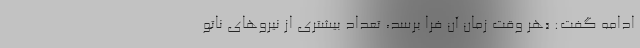
ادامه گفت: «هر وقت زمان آن فرا برسد، تعداد بیشتری از نیروهای ناتو